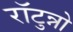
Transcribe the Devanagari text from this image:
राॅटुन्नो